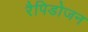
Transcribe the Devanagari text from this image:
रैपिडोजन